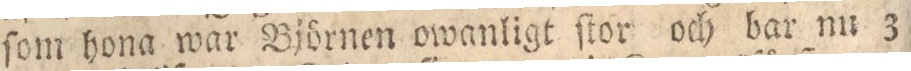
ſom hona war Björnen owanligt ſtor och bar nu 3